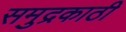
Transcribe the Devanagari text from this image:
समुद्रकाठी